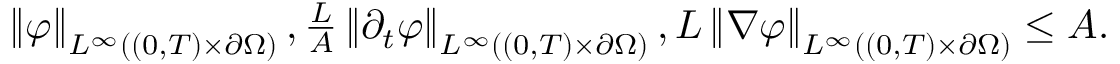
\begin{array} { r } { \left\lVert \varphi \right\rVert _ { L ^ { \infty } ( ( 0 , T ) \times \partial \Omega ) } , \frac L A \left\lVert \partial _ { t } \varphi \right\rVert _ { L ^ { \infty } ( ( 0 , T ) \times \partial \Omega ) } , L \left\lVert \nabla \varphi \right\rVert _ { L ^ { \infty } ( ( 0 , T ) \times \partial \Omega ) } \le A . } \end{array}